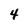
Character: 4